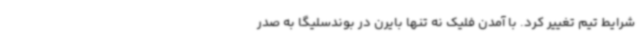
شرایط تیم تغییر کرد. با آمدن فلیک نه تنها بایرن در بوندسلیگا به صدر